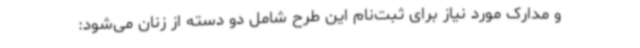
و مدارک مورد نیاز برای ثبت‌نام این طرح شامل دو دسته از زنان می‌شود: